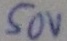
Text: 50V